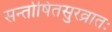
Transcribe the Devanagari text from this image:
सन्तोषितसुरव्रातः